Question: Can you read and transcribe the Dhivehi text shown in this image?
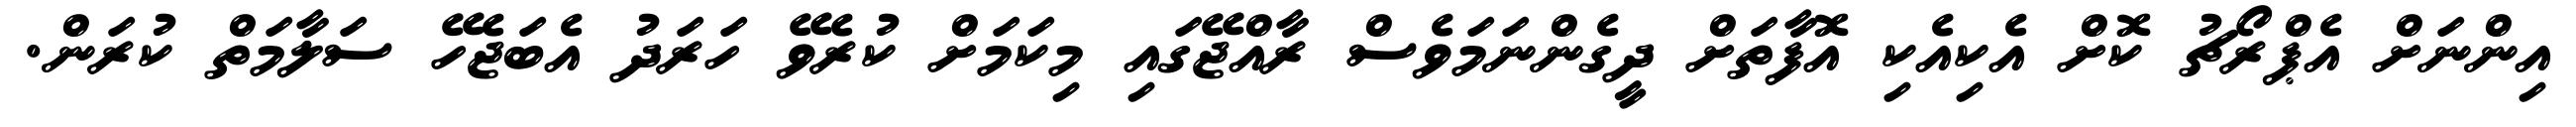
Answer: އިންނަށް އެޕްރޯޗު ކޮށް އެކިއެކި އޮފާތަށް ދީގެންނަމަވެސް ރާއްޖޭގައި މިކަމަށް ކުރެވޭ ހަރަދު އެބަޖެހޭ ސަލާމަތް ކުރަން.